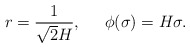
\begin{align*}r=\frac{1}{\sqrt{2}H},\;\;\;\;\;\phi(\sigma)=H\sigma.\end{align*}